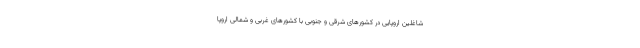
شاغلین اروپایی در کشورهای شرقی و جنوبی با کشورهای غربی و شمالی اروپا